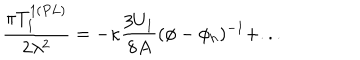
\frac { \pi T _ { 1 } ^ { 1 ( P L ) } } { 2 \lambda ^ { 2 } } = - \kappa \frac { 3 U _ { 1 } } { 8 A } ( \phi - \phi _ { h } ) ^ { - 1 } + . . .